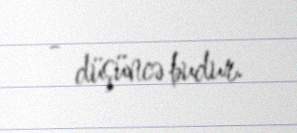
- düşüncə budur.